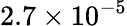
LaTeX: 2.7\times 10^{-5}